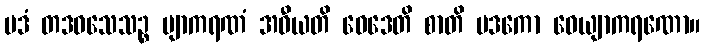
ပဒံ တဒဝသေသဉ္စ ဗျာကရဏံ အဓီယတိ ဝေဒေတိ စာတိ ပဒကော ဝေယျာကရဏော။